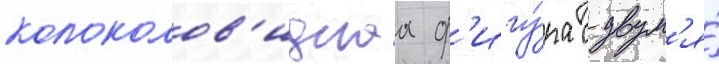
колоколов'иднаа ф'игу́ра с двум'я́